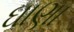
ઘાણા